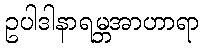
ဥပါဒါနာရမ္ဘအာဟာရာ